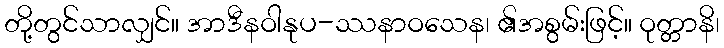
တို့တွင်သာလျှင်။ အာဒီနဝါနုပ-ဿနာဝသေန၊ ၏အစွမ်းဖြင့်။ ဝုတ္တာနိ၊